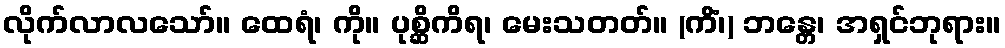
လိုက်လာလသော်။ ထေရံ၊ ကို။ ပုစ္ဆိကိရ၊ မေးသတတ်။ (ကိံ၊) ဘန္တေ၊ အရှင်ဘုရား။